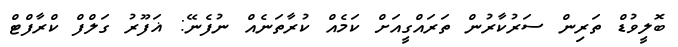
ބޮލީވުޑް ތަރިން ސަރުކާރުން ތަރައްގީއަށް ކަމެއް ކުރާތަނެއް ނުފެނޭ: ޣަފޫރު ގަލްފް ކްރާފްޓް